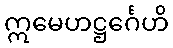
ဣမေဟဋ္ဌင်္ဂေဟိ